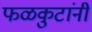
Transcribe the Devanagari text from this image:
फळकुटांनी